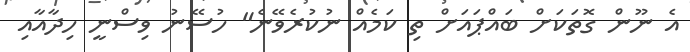
އެ ނޫން ގޮތަކަށް ބައްޕައަށް ތި ކަމެއް ނުކުުރެވޭނެ" ހުސޭނު ވިސްނީ ހިދާއާއި